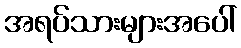
အရပ်သားများအပေါ်